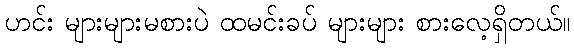
ဟင်း များများမစားပဲ ထမင်းခပ် များများ စားလေ့ရှိတယ်။